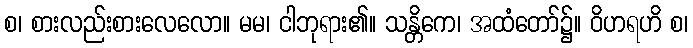
စ၊ စားလည်းစားလေလော။ မမ၊ ငါဘုရား၏။ သန္တိကေ၊ အထံတော်၌။ ဝိဟရဟိ စ၊